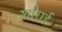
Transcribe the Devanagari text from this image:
शाराई